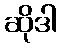
ဆိုဒါ